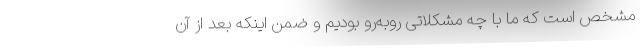
مشخص است که ما با چه مشکلاتی روبه‌رو بودیم و ضمن اینکه بعد از آن